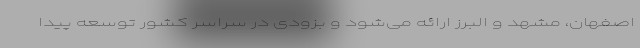
اصفهان، مشهد و البرز ارائه می‌شود و بزودی در سراسر کشور توسعه پیدا